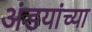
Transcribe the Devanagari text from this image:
अंडयांच्या